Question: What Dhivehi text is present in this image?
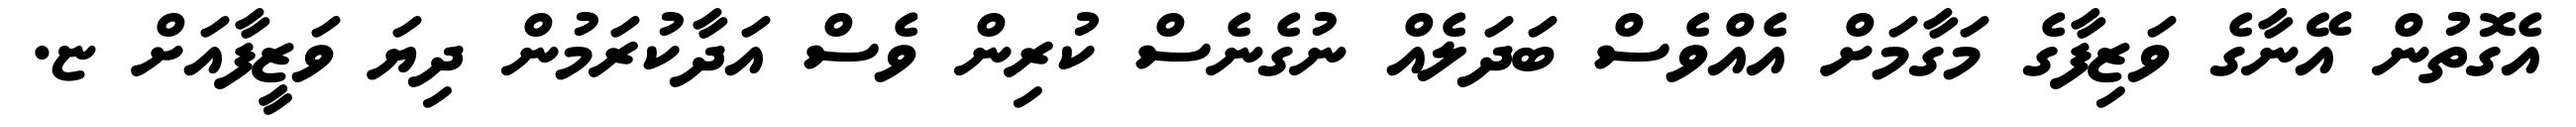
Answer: އެގޮތުން އޭނާގެ ވަޒިފާގެ މަގާމަށް އެއްވެސް ބަދަލެއް ނުގެނެސް ކުރިން ވެސް އަދާކުރަމުން ދިޔަ ވަޒީފާއަށް ޏ.